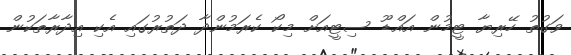
ވަގުތު ހޭރިޔާ ޓީމުން އައްޑޫ ސިޓީއަށް މިކޯ ކެރަމުންދާ ދަތުރުގައި އެކި އިދާރާތަކުން